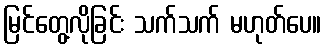
မြင်တွေ့လိုခြင်း သက်သက် မဟုတ်ပေ။